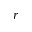
r